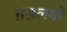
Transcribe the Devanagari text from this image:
ग़ज़लगो